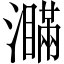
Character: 𤃞